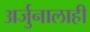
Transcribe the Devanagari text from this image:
अर्जुनालाही